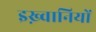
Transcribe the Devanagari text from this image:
इख़्वानियों